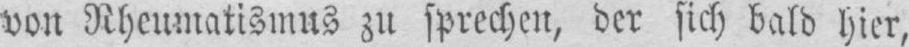
von Rheumatismus zu sprechen, der sich bald hier,